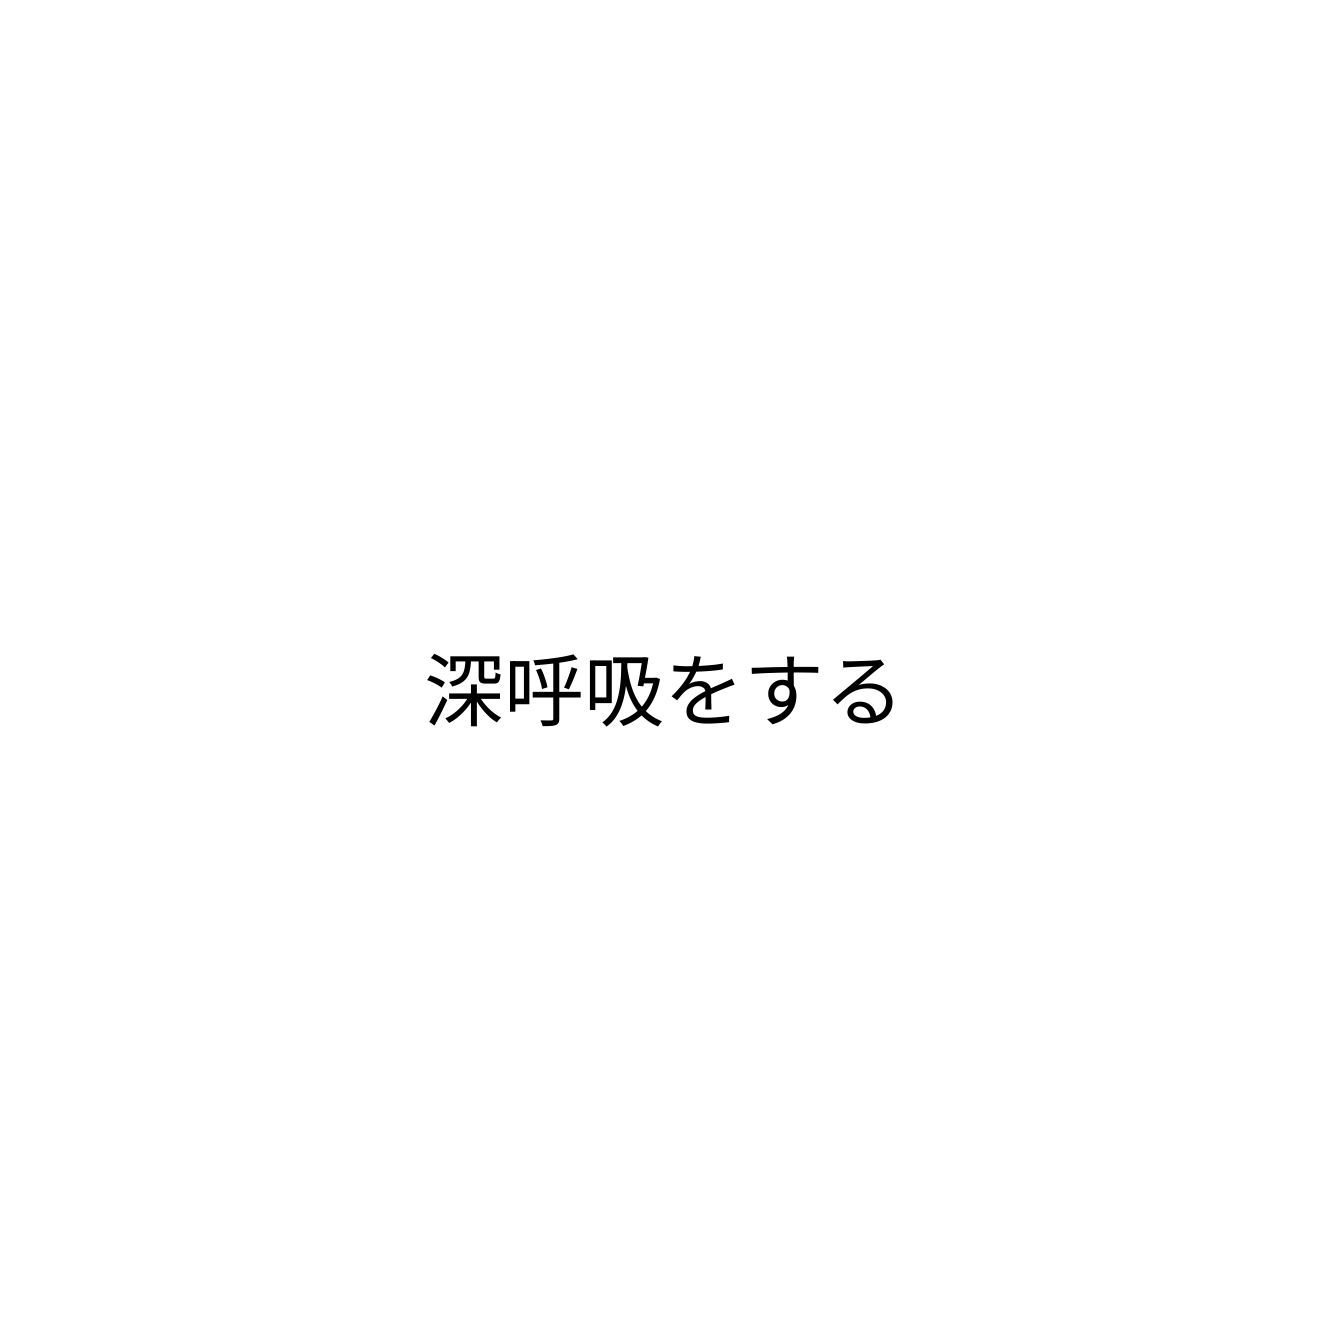
深呼吸をする